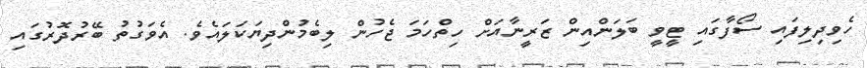
ހެވިދިލިފައި ސޯފާގައި ޓީވީ ބަލަންއިން ޒަރީނާއަށް ހިތްހަމަ ޖެހުން ލިބެމުންދިޔަކަލައެވެ. އެވަގުތު ބޭރުދޮރުގައި